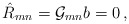
\begin{align*}\hat{R}_{mn}={\cal G}_{mn}b=0 \, , \end{align*}